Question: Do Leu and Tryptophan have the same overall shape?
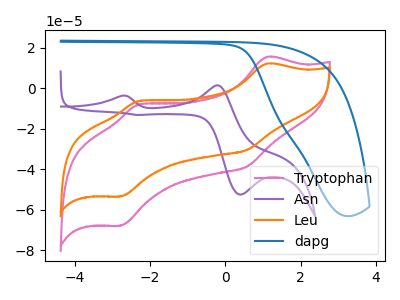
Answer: <think>The pink curve "Tryptophan" has anodic peaks at (1.10V, 15.55uA) (-2.30V, -7.95uA) and cathodic peaks at (0.55V, -38.60uA) (-2.80V, -67.85uA). The purple curve "Asn" has anodic peaks at (-2.75V, -3.60uA) (-0.20V, 1.55uA) and cathodic peaks at (0.40V, -52.50uA) (-2.35V, -13.10uA). The orange curve "Leu" has anodic peaks at (1.10V, 12.25uA) (-2.30V, -6.25uA) and cathodic peaks at (0.55V, -30.40uA) (-2.80V, -53.40uA). The blue curve "dapg" has no peaks.
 All the peaks in "Leu" have a peak in "Tryptophan" at the same potential.</think>
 <answer>"Leu" and "Tryptophan" are similar in shape.</answer>
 <eval>same_shape</eval>